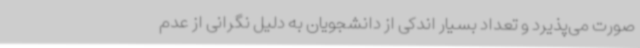
صورت می‌پذیرد و تعداد بسیار اندکی از دانشجویان به دلیل نگرانی از عدم